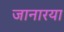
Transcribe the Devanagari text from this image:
जानारया